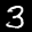
Label: 3